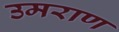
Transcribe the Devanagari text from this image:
उमराण